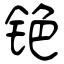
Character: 铯